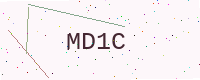
Text: MD1C